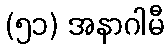
(၅၁) အနာဂါမီ